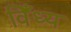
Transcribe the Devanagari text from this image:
विँध्य